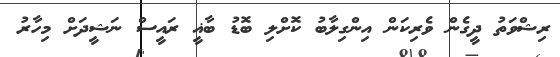
ރިޝްވަތު ދީގެން ވެރިކަން އިންގިލާބު ކޮށްލި ބޮޑު ބާޣީ ރައީސް ނަޝީދަށް މިހާރު